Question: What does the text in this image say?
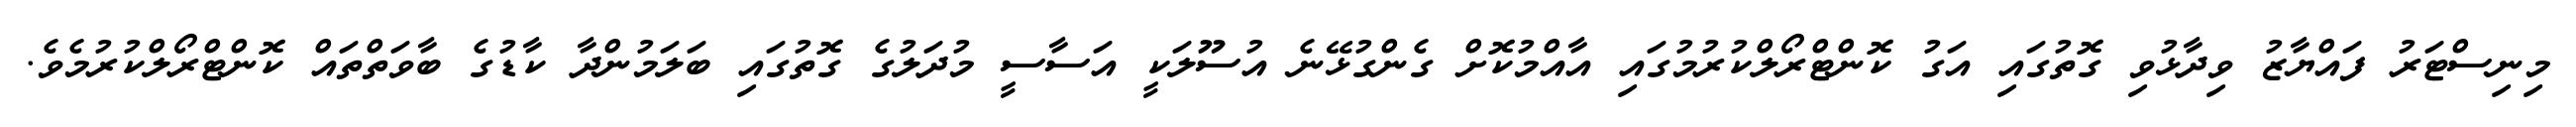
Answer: މިނިސްޓަރު ފައްޔާޒު ވިދާޅުވި ގޮތުގައި އަގު ކޮންޓްރޯލްކުރުމުގައި އާއްމުކޮށް ގެންގުޅޭނެ އުސޫލަކީ އަސާސީ މުދަލުގެ ގޮތުގައި ބަލަމުންދާ ކާޑުގެ ބާވަތްތައް ކޮންޓްރޯލްކުރުމެވެ.